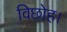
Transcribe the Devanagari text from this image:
विछोह।